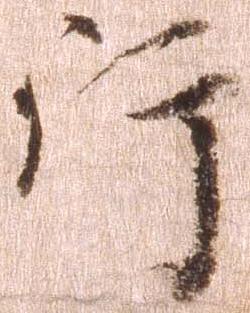
行